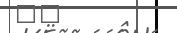
٧١